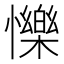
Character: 㦡